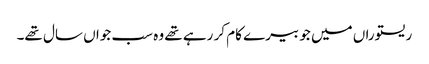
ریستوراں میں جو بیرے کام کر رہے تھے وہ سب جواں سال تھے۔